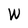
Character: W